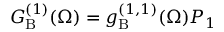
G _ { \mathrm { B } } ^ { ( 1 ) } ( \Omega ) = g _ { \mathrm { B } } ^ { ( 1 , 1 ) } ( \Omega ) P _ { 1 }